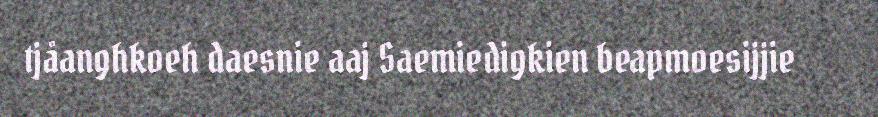
tjåanghkoeh daesnie aaj Saemiedigkien beapmoesijjie